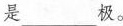
是___极。